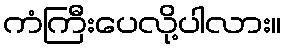
ကံကြီးပေလို့ပါလား။